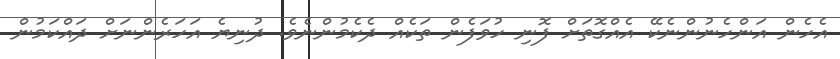
އެހެން އަންހެނުންނެކޭ އެއްގޮތަށް ފޮނި ހުވަފެން ތަކެއް ދެކެމުންނެވެ. ދުނިޔެ އަހަރެންނަށް ދައްކަމުން